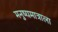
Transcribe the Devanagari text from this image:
मनुष्यमात्राला